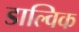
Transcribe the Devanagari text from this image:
डाल्विक